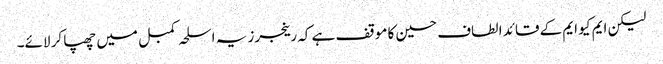
لیکن ایم کیو ایم کے قائد الطاف حسین کا موقف ہے کہ رینجرز یہ اسلحہ کمبل میں چھپا کر لائے۔